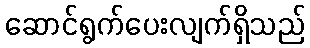
ဆောင်ရွက်ပေးလျက်ရှိသည်